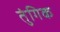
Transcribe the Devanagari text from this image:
तुंगिक